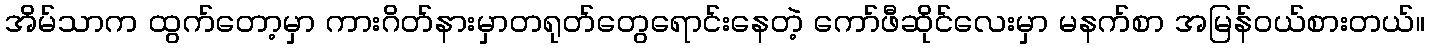
အိမ်သာက ထွက်တော့မှာ ကားဂိတ်နားမှာတရုတ်တွေရောင်းနေတဲ့ ကော်ဖီဆိုင်လေးမှာ မနက်စာ အမြန်ဝယ်စားတယ်။